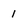
Character: 1